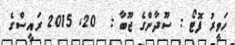
ހަވީރު ފޮޓޯ : ސޫދާންގެ ޖޫބާ :  20